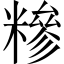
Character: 糝